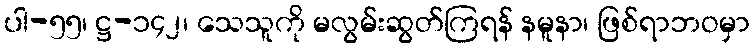
ပါ-၅၅၊ ဋ္ဌ-၁၄၂၊ သေသူကို မလွမ်းဆွတ်ကြရန် နမူနာ၊ ဖြစ်ရာဘဝမှာ